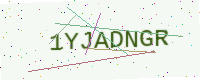
Text: 1YJADNGR